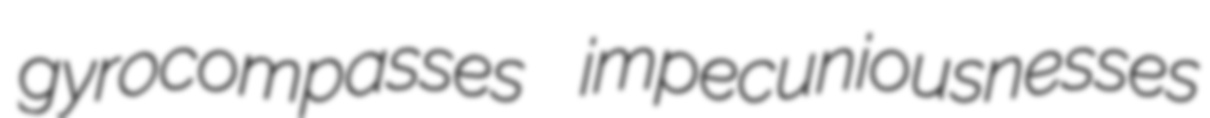
gyrocompasses impecuniousnesses